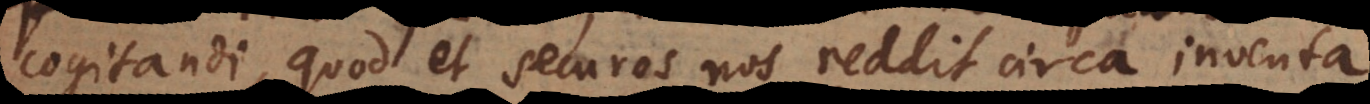
cogitandi, quod et securos nos reddit circa inventa